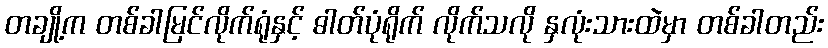
တချို့က တစ်ခါမြင်လိုက်ရုံနှင့် ဓါတ်ပုံရိုက် လိုက်သလို နှလုံးသားထဲမှာ တစ်ခါတည်း